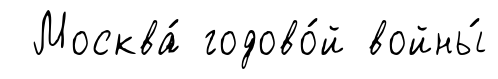
Москва́ годово́й войны́